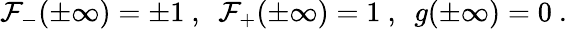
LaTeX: \mathcal{F}_{-}(\pm\infty)=\pm1\ ,\ \ \mathcal{F}_{+}(\pm\infty)=1\ ,\ \ g(\pm\infty)=0\ .